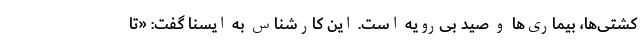
کشتی‌ها، بیماری‌ها و صید بی‌رویه است. این کارشناس به ایسنا گفت: «تا